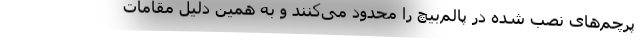
پرچم‌های نصب شده در پالم‌بیچ را محدود می‌کنند و به همین دلیل مقامات